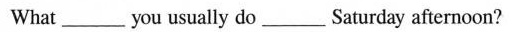
What___you usually do___Saturday afternoon?